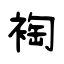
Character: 裪